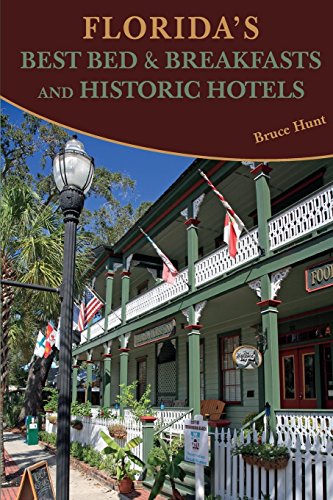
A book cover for Florida's Best Bed & Breakfasts and Historic Hotels; Bruce Hunt; Travel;